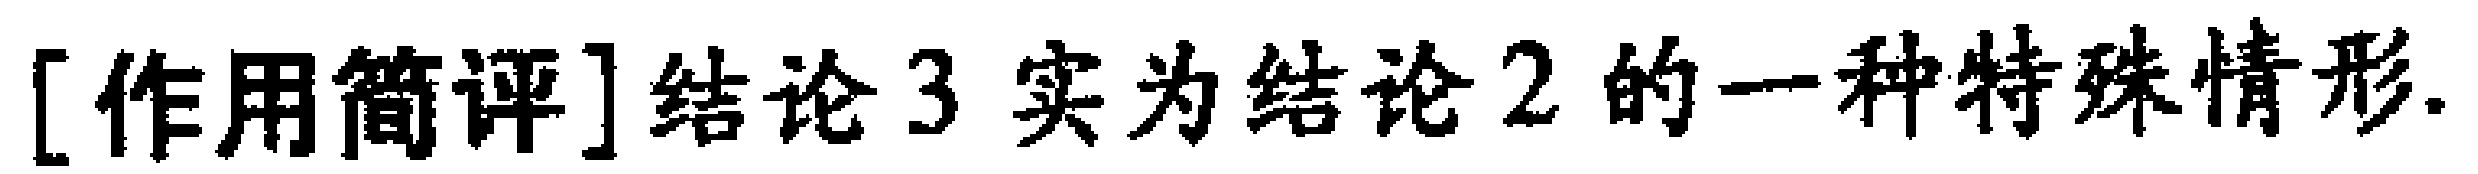
[作用简评]结论3实为结论2的一种特殊情形.